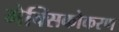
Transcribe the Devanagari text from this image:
मेक्सिकोकरण